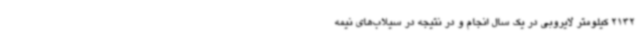
2132 کیلومتر لایروبی در یک سال انجام و در نتیجه در سیلاب‌های نیمه